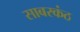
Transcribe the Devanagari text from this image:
साबरकंठ